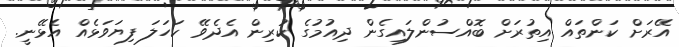
އޭރަށް ކަންތައް އިތުރަށް ބޮއްސުންލައިގެން ދިއުމުގެ ކުރިން އެދެވޭ ކަހަލަ ފިޔަވަޅެއް އެޅޭނީ.